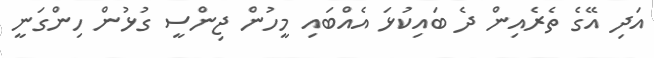
އަދި އޭގެ ތެރެއިން ދެ ބައިކުޅަ އެއްބައި މީހުން ޖިންސީ ގުޅުން ހިންގަނީ